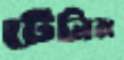
টেনিম